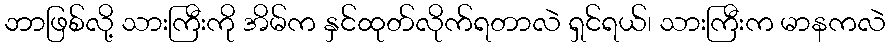
ဘာဖြစ်လို့ သားကြီးကို အိမ်က နှင်ထုတ်လိုက်ရတာလဲ ရှင်ရယ်၊ သားကြီးက မာနကလဲ